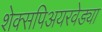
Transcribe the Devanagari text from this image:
शेक्सपिअयरवेड्या